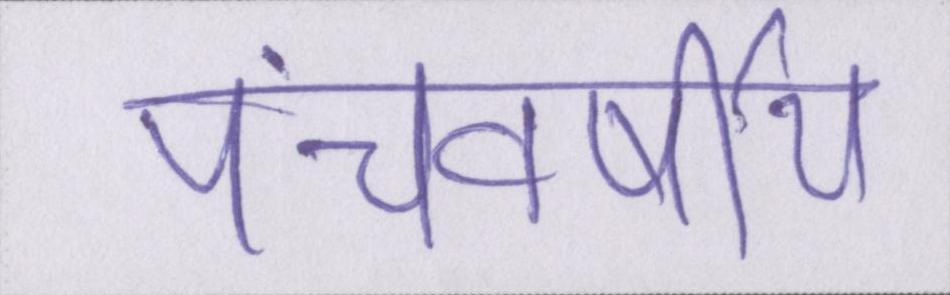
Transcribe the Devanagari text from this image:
पंचवर्षीय